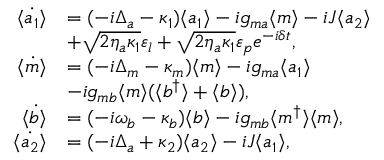
\begin{array} { r l } { \langle \dot { a _ { 1 } } \rangle } & { = ( - i \Delta _ { a } - \kappa _ { 1 } ) \langle a _ { 1 } \rangle - i g _ { m a } \langle m \rangle - i J \langle a _ { 2 } \rangle } \\ & { + \sqrt { 2 \eta _ { a } \kappa _ { 1 } } \varepsilon _ { l } + \sqrt { 2 \eta _ { a } \kappa _ { 1 } } \varepsilon _ { p } e ^ { - i \delta t } , } \\ { \langle \dot { m } \rangle } & { = ( - i \Delta _ { m } - \kappa _ { m } ) \langle m \rangle - i g _ { m a } \langle a _ { 1 } \rangle } \\ & { - i g _ { m b } \langle m \rangle ( \langle b ^ { \dagger } \rangle + \langle b \rangle ) , } \\ { \langle \dot { b } \rangle } & { = ( - i \omega _ { b } - \kappa _ { b } ) \langle b \rangle - i g _ { m b } \langle m ^ { \dagger } \rangle \langle m \rangle , } \\ { \langle \dot { a _ { 2 } } \rangle } & { = ( - i \Delta _ { a } + \kappa _ { 2 } ) \langle a _ { 2 } \rangle - i J \langle a _ { 1 } \rangle , } \end{array}